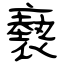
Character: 褻